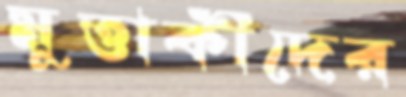
মুত্তাকীদের